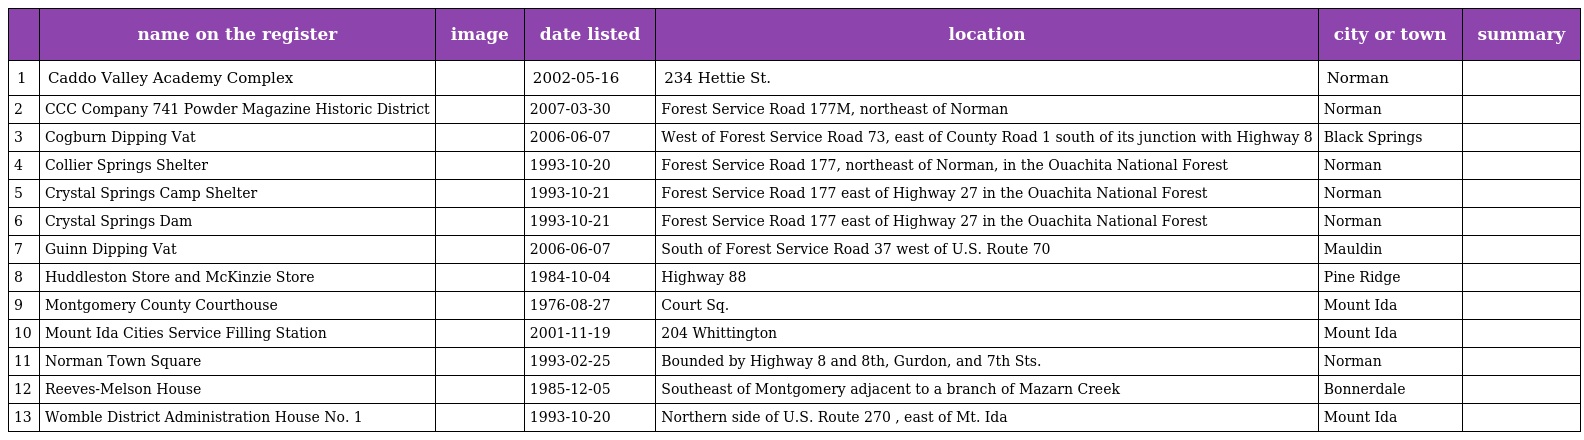
|  | name on the register | image | date listed | location | city or town | summary |
 | --- | --- | --- | --- | --- | --- | --- |
 | 1 | Caddo Valley Academy Complex |  | 2002-05-16 | 234 Hettie St. | Norman |  |
 | 2 | CCC Company 741 Powder Magazine Historic District |  | 2007-03-30 | Forest Service Road 177M, northeast of Norman | Norman |  |
 | 3 | Cogburn Dipping Vat |  | 2006-06-07 | West of Forest Service Road 73, east of County Road 1 south of its junction with Highway 8 | Black Springs |  |
 | 4 | Collier Springs Shelter |  | 1993-10-20 | Forest Service Road 177, northeast of Norman, in the Ouachita National Forest | Norman |  |
 | 5 | Crystal Springs Camp Shelter |  | 1993-10-21 | Forest Service Road 177 east of Highway 27 in the Ouachita National Forest | Norman |  |
 | 6 | Crystal Springs Dam |  | 1993-10-21 | Forest Service Road 177 east of Highway 27 in the Ouachita National Forest | Norman |  |
 | 7 | Guinn Dipping Vat |  | 2006-06-07 | South of Forest Service Road 37 west of U.S. Route 70 | Mauldin |  |
 | 8 | Huddleston Store and McKinzie Store |  | 1984-10-04 | Highway 88 | Pine Ridge |  |
 | 9 | Montgomery County Courthouse |  | 1976-08-27 | Court Sq. | Mount Ida |  |
 | 10 | Mount Ida Cities Service Filling Station |  | 2001-11-19 | 204 Whittington | Mount Ida |  |
 | 11 | Norman Town Square |  | 1993-02-25 | Bounded by Highway 8 and 8th, Gurdon, and 7th Sts. | Norman |  |
 | 12 | Reeves-Melson House |  | 1985-12-05 | Southeast of Montgomery adjacent to a branch of Mazarn Creek | Bonnerdale |  |
 | 13 | Womble District Administration House No. 1 |  | 1993-10-20 | Northern side of U.S. Route 270 , east of Mt. Ida | Mount Ida |  |